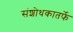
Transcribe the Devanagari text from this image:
संशोधकातर्फे